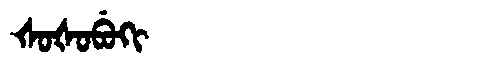
Manchu: ᡧᠣᡧᠣᠪᡠᡴᡳ
Romanization: ŠOŠOBUKI